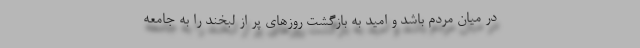
در میان مردم باشد و امید به بازگشتِ روز‌های پر از لبخند را به جامعه